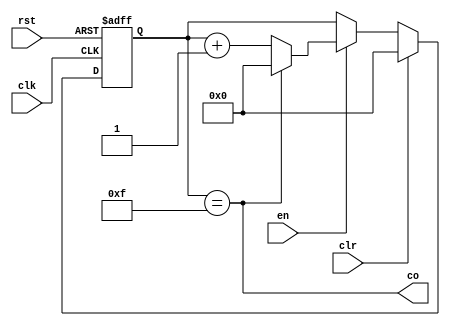
// `define BITS(x) $rtoi($ceil($clog2(x)))

module CounterModN #(
    parameter N = 16,
    parameter BITS = 4
)(
    input en, clr, clk, rst,
    output co
);
    reg [BITS-1:0] cnt;

    always @(posedge clk or posedge rst) begin
        if (rst) cnt <= {BITS{1'b0}};
        else if (clr) cnt <= {BITS{1'b0}};
        else if (en) begin
            if (co) cnt <= {BITS{1'b0}};
            else cnt <= cnt + 1'b1;
        end
    end

    assign co = (cnt == N - 1);
endmodule